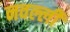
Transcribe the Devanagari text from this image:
नवल्ली